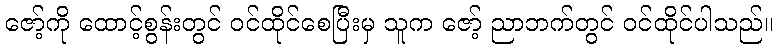
ဇော့်ကို ထောင့်စွန်းတွင် ဝင်ထိုင်စေပြီးမှ သူက ဇော့် ညာဘက်တွင် ဝင်ထိုင်ပါသည်။